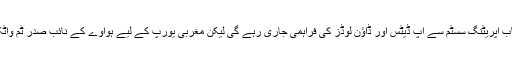
ہواوے نے اپنے صارفین سے کہا تھا کہ گوگل ایپ اسٹور پر دستیاب آپریٹنگ سسٹم سے اپ ڈیٹس اور ڈاؤن لوڈز کی فراہمی جاری رہے گی لیکن مغربی یورپ کے لیے ہواوے کے نائب صدر ٹِم واٹکنس نے خبردار کیا تھا کہ ضروری نہیں مستقبل اتنا ہی پرامید ہو؟